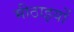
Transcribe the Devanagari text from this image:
मीठाइयों